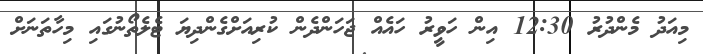
މިއަދު މެންދުރު 12:30 އިން ހަވީރު ހައެއް ޖަހަންދެން ކުރިއަށްގެންދިޔަ ޓެލެތޯނުގައި މިހާތަނަށް